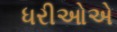
ધરીઓએ